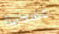
عسكرية